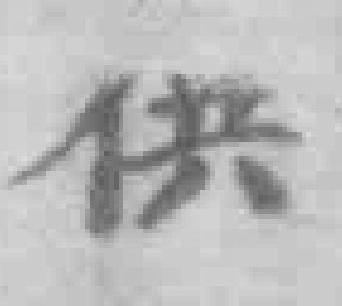
供